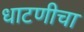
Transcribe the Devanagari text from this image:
धाटणीचा